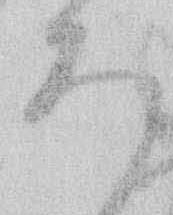
ろ